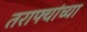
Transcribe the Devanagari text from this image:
तराफ्यांच्या